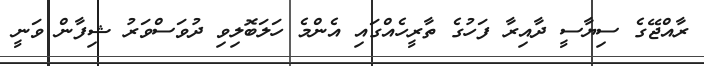
ރާއްޖޭގެ ސިޔާސީ ދާއިރާ ފަހުގެ ތާރީހެއްގައި އެންމެ ހަލަބޮލިވި ދުވަސްވަރު ޝިފާން ވަނީ